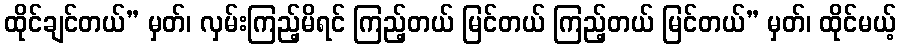
ထိုင်ချင်တယ်” မှတ်၊ လှမ်းကြည့်မိရင် ကြည့်တယ် မြင်တယ် ကြည့်တယ် မြင်တယ်” မှတ်၊ ထိုင်မယ့်